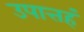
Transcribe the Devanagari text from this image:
उपात्तहं